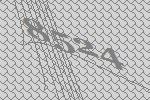
8524